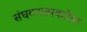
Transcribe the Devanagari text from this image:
संघटनात्मकतेचा